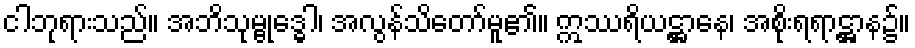
ငါဘုရားသည်။ အဘိသုမ္ဗုဒ္ဓေါ၊ အလွန်သိတော်မူ၏။ ဣဿရိယဋ္ဌာနေ၊ အစိုးရရာဋ္ဌာန၌။